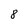
Character: 8